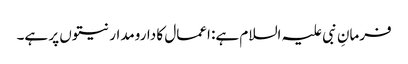
فرمانِ نبی علیہ السلام ہے: اعمال کا دارومدار نیتوں پر ہے۔